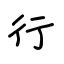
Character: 行